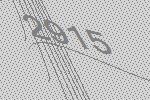
2915